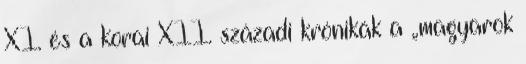
XI. és a korai XII. századi krónikák a „magyarok